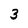
Character: 3